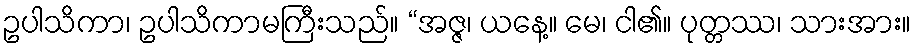
ဥပါသိကာ၊ ဥပါသိကာမကြီးသည်။ “အဇ္ဇ၊ ယနေ့။ မေ၊ ငါ၏။ ပုတ္တဿ၊ သားအား။